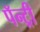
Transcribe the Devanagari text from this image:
पॅन्ट्री